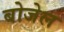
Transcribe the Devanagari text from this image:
बोजेल